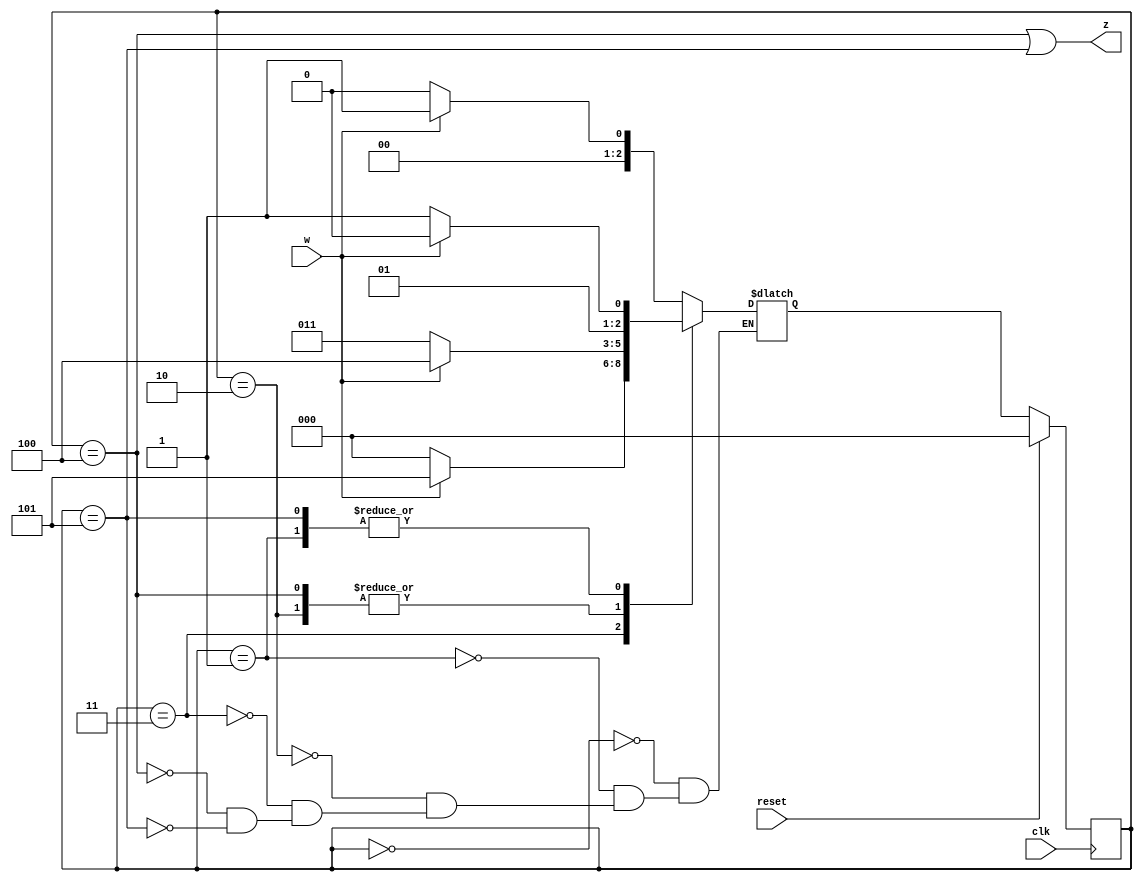
module top_module (
    input clk,
    input reset,     // synchronous reset
    input w,
    output z);
	
    // delcaration
    parameter A=3'b000,B=3'b001,C=3'b010,D=3'b011,E=3'b100,F=3'b101;
    reg [2:0] state,next;
    
    // state transition
    always @(*) begin
        case(state)
            A: next = w ? B : A;
            B: next = w ? C : D;
            C: next = w ? E : D;
            D: next = w ? F : A;
            E: next = w ? E : D;
            F: next = w ? C : D;
            
        endcase
    end
    
    // state flip-flop
    always @(posedge clk) begin
        if(reset)
            state <= A;
        else 
            state <= next;
    end
    
    // output logic
    assign z = (state == E) | (state == F);
endmodule